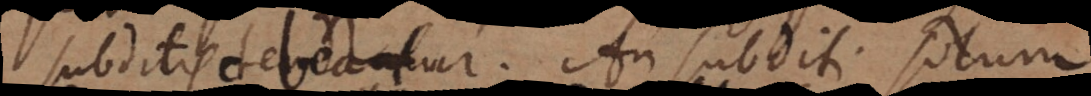
subditis debeatur. An subditi solum